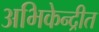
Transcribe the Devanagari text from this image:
अभिकेन्द्रीत